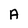
Character: A